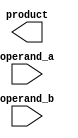
module booth_multiplier(
  input wire signed [31:0] operand_a,
  input wire signed [31:0] operand_b,
  output wire signed [63:0] product
);

  wire signed [63:0] partial_product;
  
  // Partial product generation blocks
  // Insert code here for generating partial products using shifting and conditional addition
  
  // Parallel addition blocks
  // Insert code here for adding partial products in parallel using multiple arithmetic blocks
  
  assign product = partial_product;

endmodule